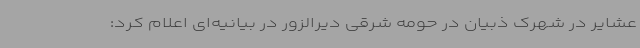
عشایر در شهرک ذبیان در حومه شرقی دیرالزور در بیانیه‌ای اعلام کرد: